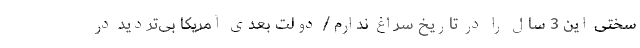
سختی این 3 سال را در تاریخ سراغ ندارم/ دولت بعدی آمریکا بی‌تردید در